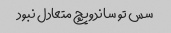
سس تو ساندویچ متعادل نبود